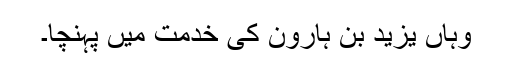
وہاں یزید بن ہارون کی خدمت میں پہنچا۔